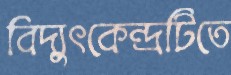
বিদ্যুৎকেন্দ্রটিতে